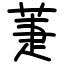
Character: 萐